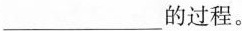
___的过程。